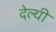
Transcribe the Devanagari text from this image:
देल्यी